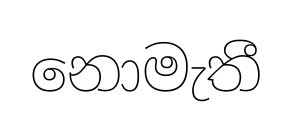
නොමැතී